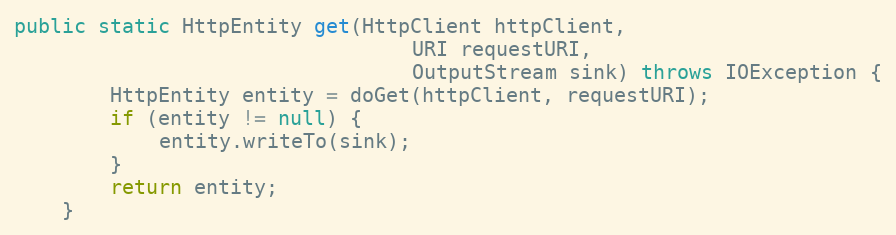
Language: Java
public static HttpEntity get(HttpClient httpClient,
                                 URI requestURI,
                                 OutputStream sink) throws IOException {
        HttpEntity entity = doGet(httpClient, requestURI);
        if (entity != null) {
            entity.writeTo(sink);
        }
        return entity;
    }